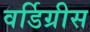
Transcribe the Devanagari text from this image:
वर्डिग्रीस